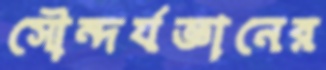
সৌন্দর্যজ্ঞানের